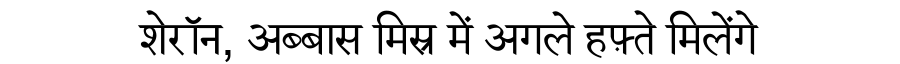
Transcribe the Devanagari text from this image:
शेरॉन, अब्बास मिस्र में अगले हफ़्ते मिलेंगे